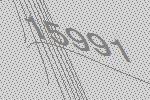
15991